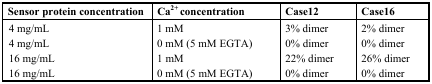
| Sensor protein concentration | Ca2+ concentration | Case12 | Case16 |
 | --- | --- | --- | --- |
 | 4 mg/mL | 1 mM | 3% dimer | 2% dimer |
 | 4 mg/mL | 0 mM (5 mM EGTA) | 0% dimer | 0% dimer |
 | 16 mg/mL | 1 mM | 22% dimer | 26% dimer |
 | 16 mg/mL | 0 mM (5 mM EGTA) | 0% dimer | 0% dimer |